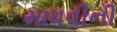
માધવીની